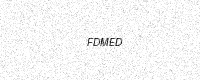
Text: FDMED